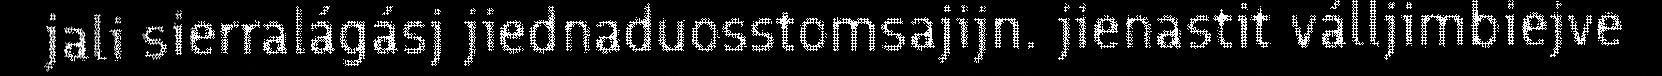
jali sierralágásj jiednaduosstomsajijn. jienastit válljimbiejve